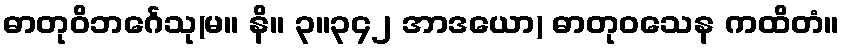
ဓာတုဝိဘင်္ဂေသု(မ။ နိ။ ၃။၃၄၂ အာဒယော) ဓာတုဝသေန ကထိတံ။